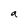
Character: a